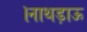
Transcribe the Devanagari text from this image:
।नाथड़ाऊ